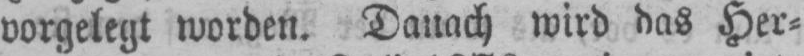
vorgelegt worden. Danach wird das Her⸗